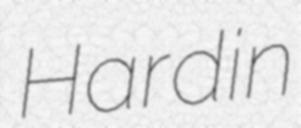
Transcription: Hardin